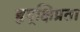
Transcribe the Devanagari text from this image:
हृद्‌क्षिप्रता